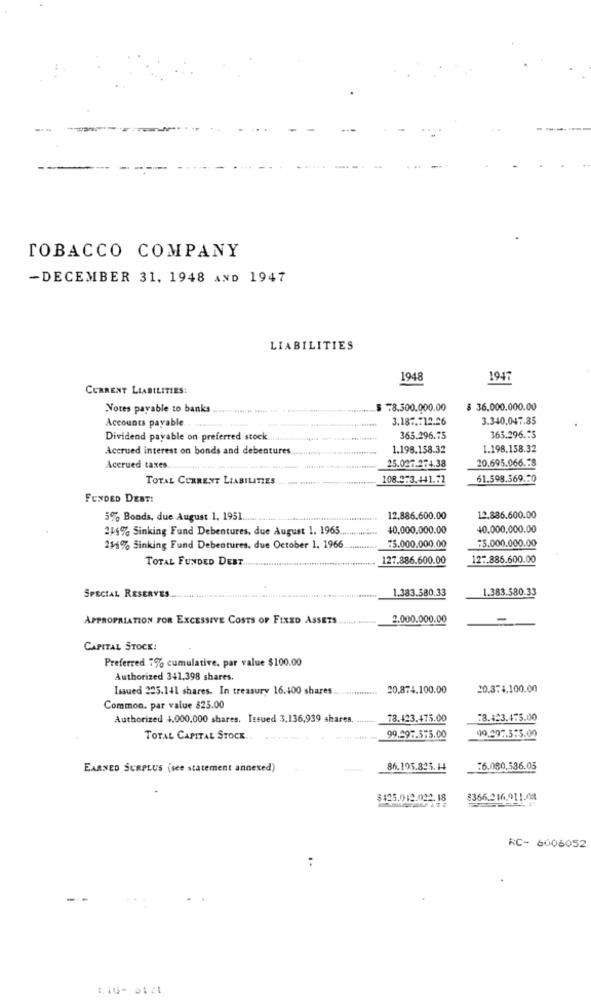
TOBACCO COMPANY
-DECEMBER 31, 1948 AND 1947
LIABILITIES
1948
1947
CURRENT LIABILITIES:
Votes payable to banks ..
78.300.000.00
$ 36.000.000.00
Accounts payable
3.187 .: 12.26
3.340.047.85
Dividend payable on preferred stock
365.296.75
365.296.25
Accrued interest on bonds and debentures.
1.198.158.32
1.198.158.32
25.027.274.38
20.695.066.78
Accrued taxes.
TOTAL CURRENT LIABILITIES
108.273.441.52
61.598.569.50
FUNDED DEBT!
5% Bonds, due August 1, 1951
12.886.600.00
12.886.600.00
214% Sinking Fund Debentures, due August 1. 1965.
40,000,000.00
40.000,000.00
₹5.000.000.00
254% Sinking Fund Debentures, due October 1, 1966
75.000.000.00
TOTAL FUNDED DEBT.
127.886.600.00
127.886.600.00
1.383.580.33
1.383.580.33
SPECIAL RESERVES
APPROPRIATION FOR EXCESSIVE COSTS OF FIXED ASSETS .......
2.000.000.00
-
CAPITAL STOCK:
Preferred 7% cumulative. par value $100.00
Authorized 341.398 shares.
Issued 225.141 shares. In treasury 16.400 shares
20.874.100.00
20.374.100.00
Common. par value $25.00
Authorized 4.000,000 shares. Issued 3.136,939 shares.
78.423.475.00
28.423.475.00
TOTAL CAPITAL STOCK ..
99.297.575.00
19.397.3:3.00
EARNED SURPLUS (see statement annexed)
86.195.825.H!
76.080.586.05
$125.012.022. 18
8366.216.411.08
RC- 6006052